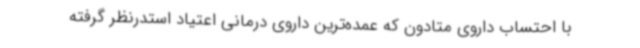
با احتساب داروی متادون که عمده‌ترین داروی درمانی اعتیاد استدرنظر گرفته